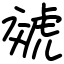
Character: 虠